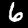
Label: 6